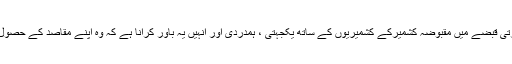
جس کا مقصد بھارتی قبضے میں مقبوضہ کشمیرکے کشمیریوں کے ساتھ یکجہتی ، ہمدردی اور انہیں یہ باور کرانا ہے کہ وہ اپنے مقاصد کے حصول میں تنہا نہیں ہیں۔